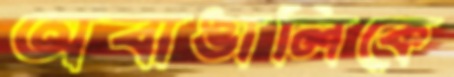
অবাঙালিকে